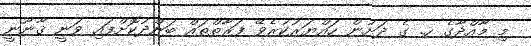
މި މާއްދާގެ ހ. ގެ ދަށުން ހައްޔަރުކުރެވޭ ފަރާތްތައް ބަންދުކޮށްފައި ވަނީ ޤާނޫނީ